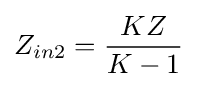
Z_{in2}={\frac {{K}{Z}}{K-1}}